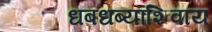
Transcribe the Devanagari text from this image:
धबधब्यांशिवाय